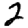
Digit: 2